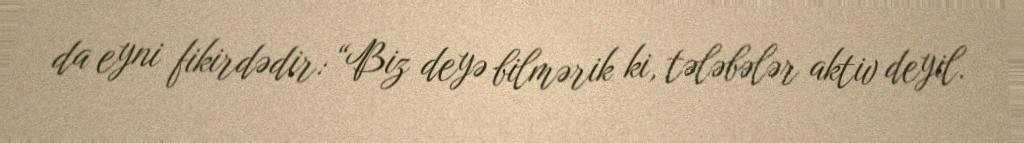
da eyni fikirdədir: “Biz deyə bilmərik ki, tələbələr aktiv deyil.